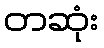
တဆုံး